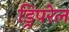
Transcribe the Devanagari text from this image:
ड्रिपरेल